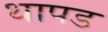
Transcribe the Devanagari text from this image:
थापड